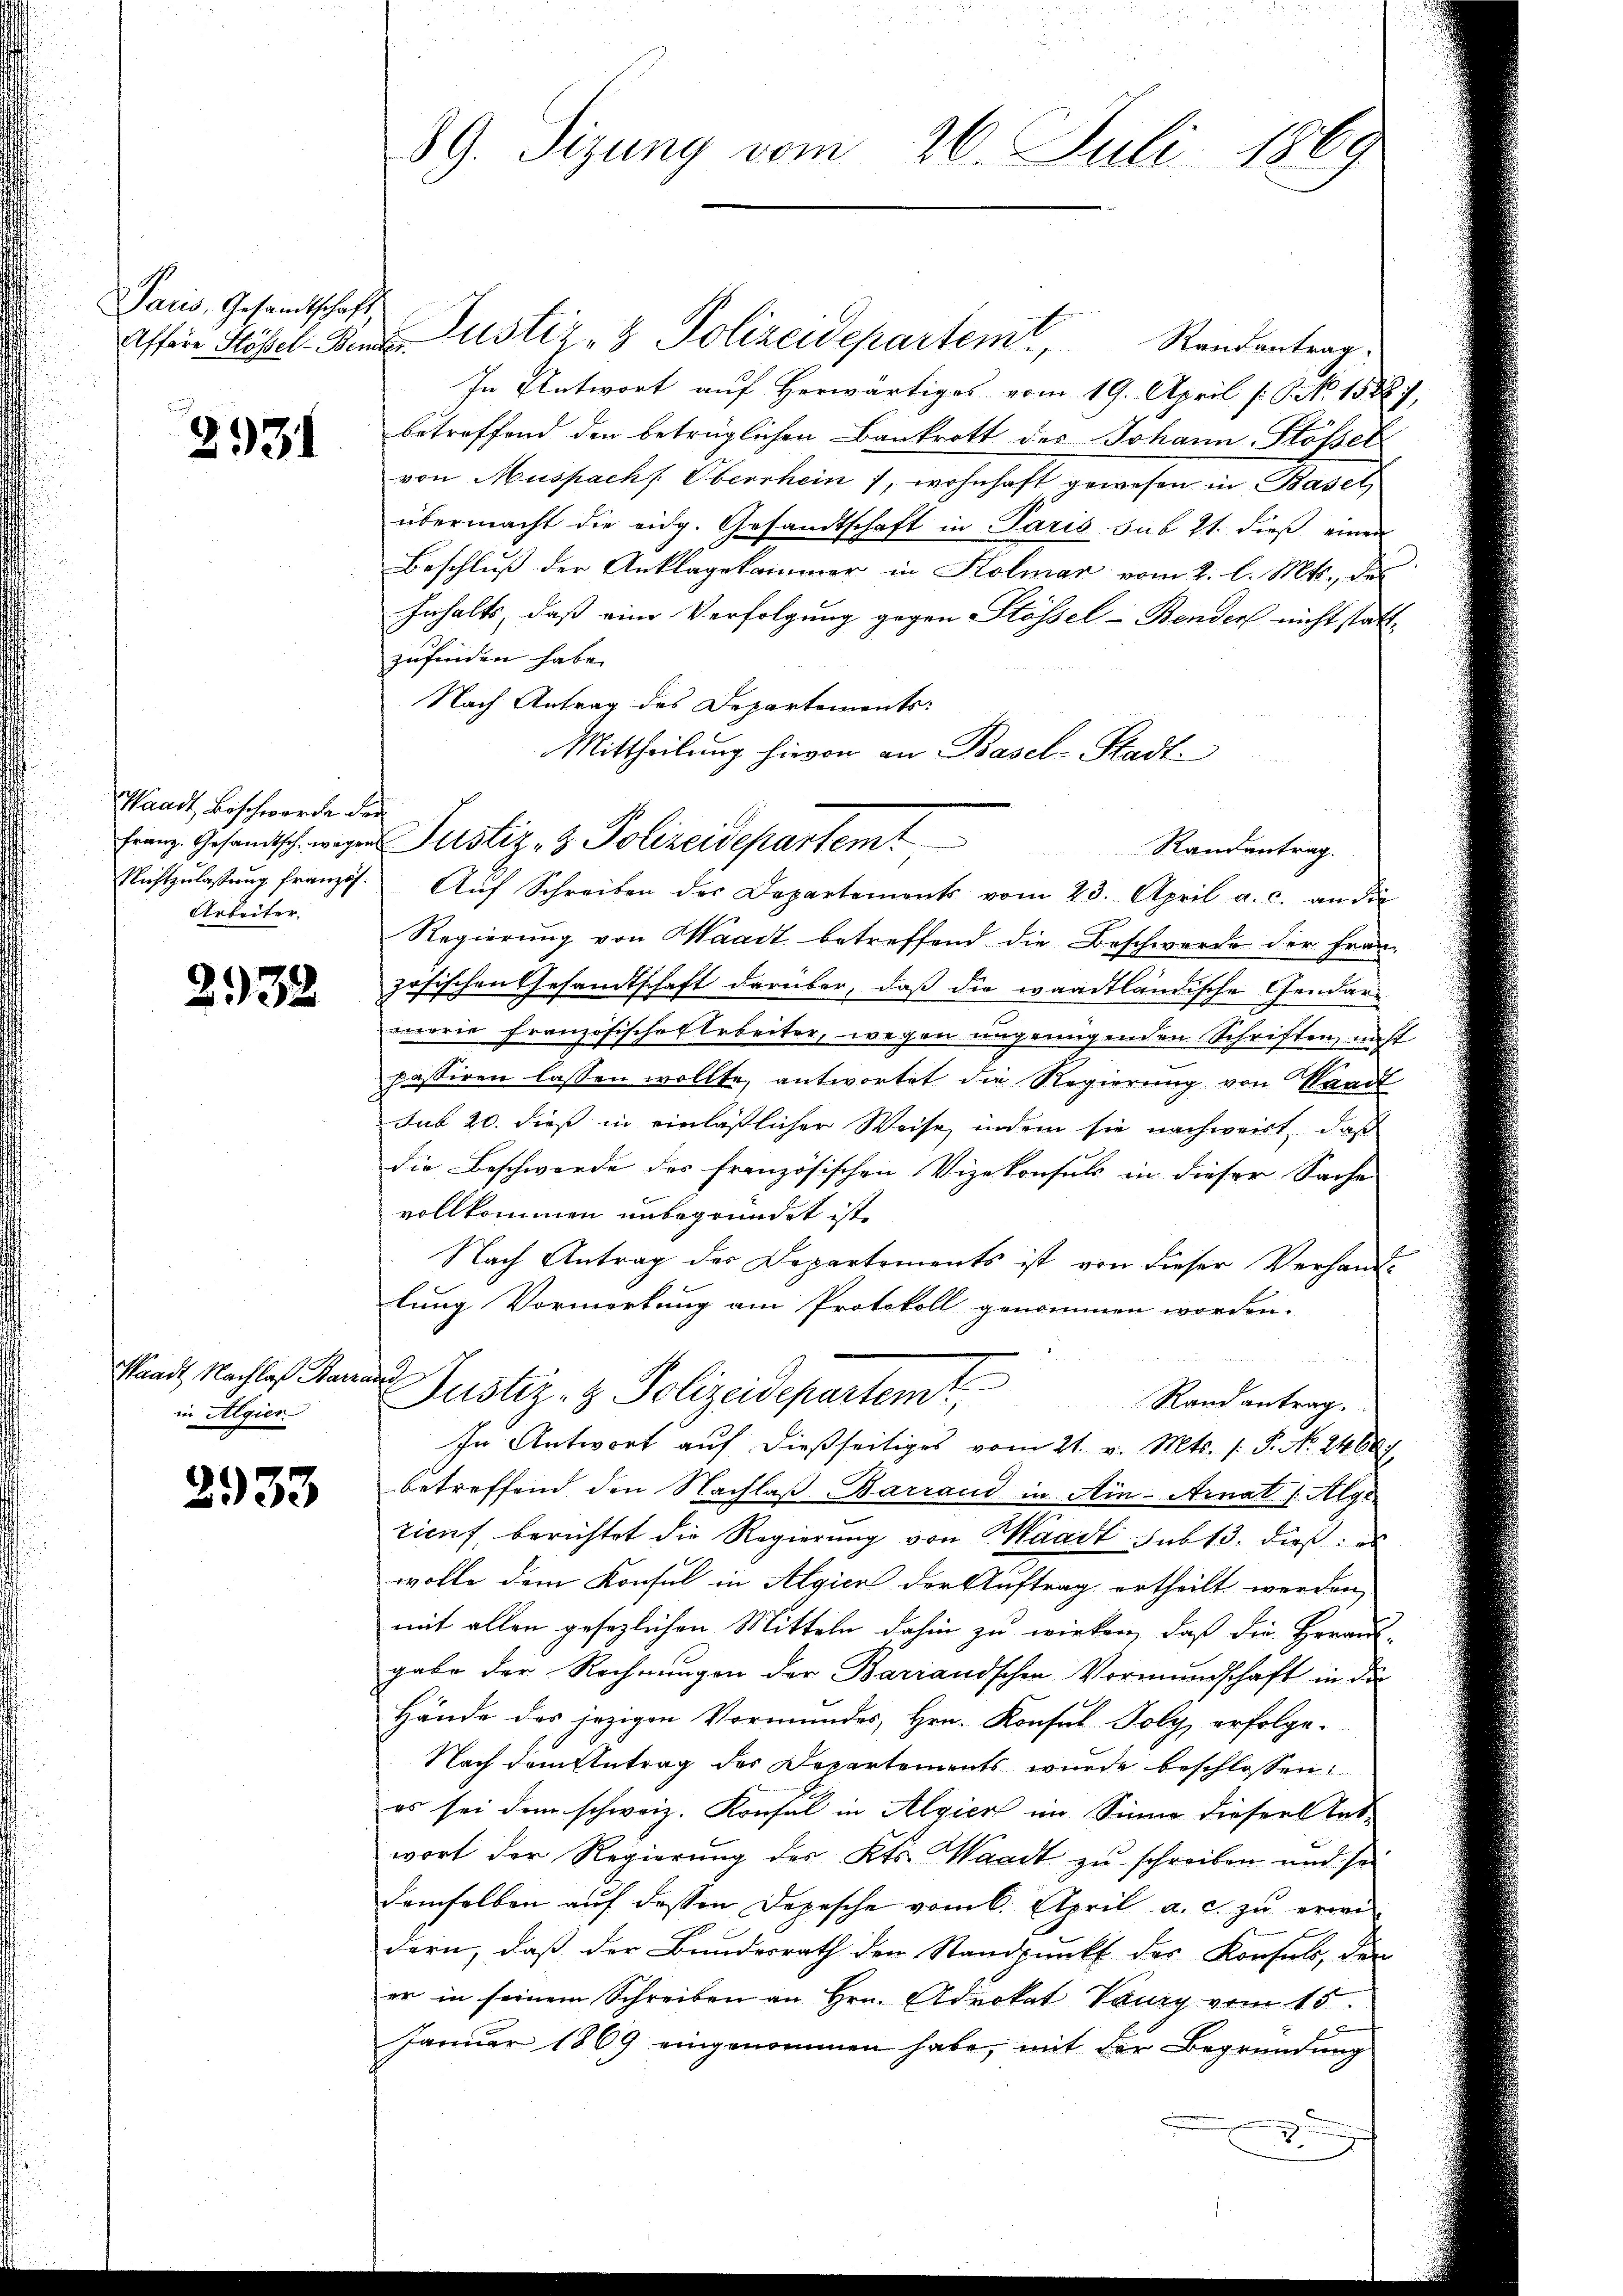
Paris, Gesandtschaft

2931

Waadt, Beschwerde der
Nichtzulassung französ.
Arbeiter

2938

Waadt Nachlaß Barza
in Algier

2933

89. Sizung vom 26. Juli 1869

Affere Hösel- Bente Justiz- & Polizeidepartem Randentrag:
In Antwort auf Herwärtiges vom 19. April [: S. 15887,
betreffend den betrüglichen Bankrott des Johann Stösser
von Muspacht. Oberschein 1, wohnhaft gewesen in Basel,
übermacht die eidg. Gesandtschaft in Paris sub 21. dieß einen
Beschluß der Anklagekammer in Kolmar vom 2. l. Mts., das
Inhalts, daß eine Verfolgung gegen Stössel-Benders nicht stattzufinden habe.
Nach Antrag des Departements:
Mittheilung hievon an Basel-Stadt.
Aŭf Schreiben der Departements vom 23. April a. c. an die
Regierung von Waadt betreffend die Beschwerde der Franz
zösischen Gesandtschaft darüber, daß die waadtländische Gendarweorie französischen Arbeiter, wegen ungenügenden Schriften, nicht
passiren lassen wollte, antwortet die Regierung von Waadt
sub 20. dieß in einläßlicher Weise, indem sie nachweirt, daß
die Beschwerde des französischen Vizekonsuls in dieser Sache
vollkommen unbegründet ist.
Nach Antrag der Departements ist von dieser Verhand-
lung Vormerkung am Protokoll genommen worden.
e
Justiz- & Polizeidepartemt
Rand antrag.
In Antwort auf dießseitiges vom 21. v. Mts. 1. P. No. 2468.
betreffend den Nachlaß Barrand in Ain-Arnat (Alge
ticuf, berichtet die Regierung von Waadt sub 13. dieß:
wolle dem Konsul in Algien der Auftrag ertheilt werden,
mit allen gesezlichen Mitteln dahin zu wirken, daß die Heraus-
gabe der Rechnungen der Barrandschen Vormundschaft in die
Hände des jezigen Vormundes, Hrn. Konsul Foly, erfolge-
Nach dem Antrag des Departements wurde beschlossen:
es sei dem schweiz. Konsul in Algien im Sinne dieser tat-
wort der Regierung des Kts. Waadt zu schreiben und sei
demselben aŭf dessen Depesche vom 6. April a. c. zu erwi
dern, daß der Bundesrath den Standpunkt der Konsuls, den
er in seinem Schreiben an Hrn. Advokat Vaury vom 15.
Janŭar 1869 eingenommen habe, mit der Begründung

Franz. Gesandtsch wegen Justiz- & Polizeidepartem

Randantrag.